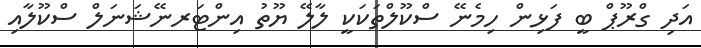
އަދި ގްރޫޕް ބީ ފަޅިން ހިމެނޭ ސްކޫލްތަކަކީ ލާލޭ ޔޫތު އިންޓަރނޭޝަނަލް ސްކޫލާއި